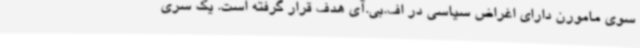
سوی مامورن دارای اغراض سیاسی در اف.بی.آی هدف قرار گرفته است. یک سری